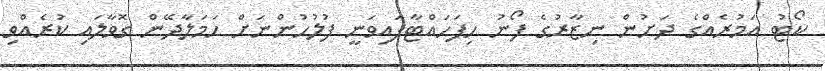
ކޯޓު އަމުރެއްގެ ދަށުން ނިޒާރުގެ ފޯނު ހިފަހައްޓާފައިވަނީ ފުލުހުންނަށް ހަމަލާދޭން ގޮވާލައި ކުރެއްވި